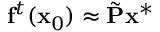
\mathbf f ^ { t } ( \mathbf x _ { 0 } ) \approx \tilde { \mathbf P } \mathbf x ^ { * }